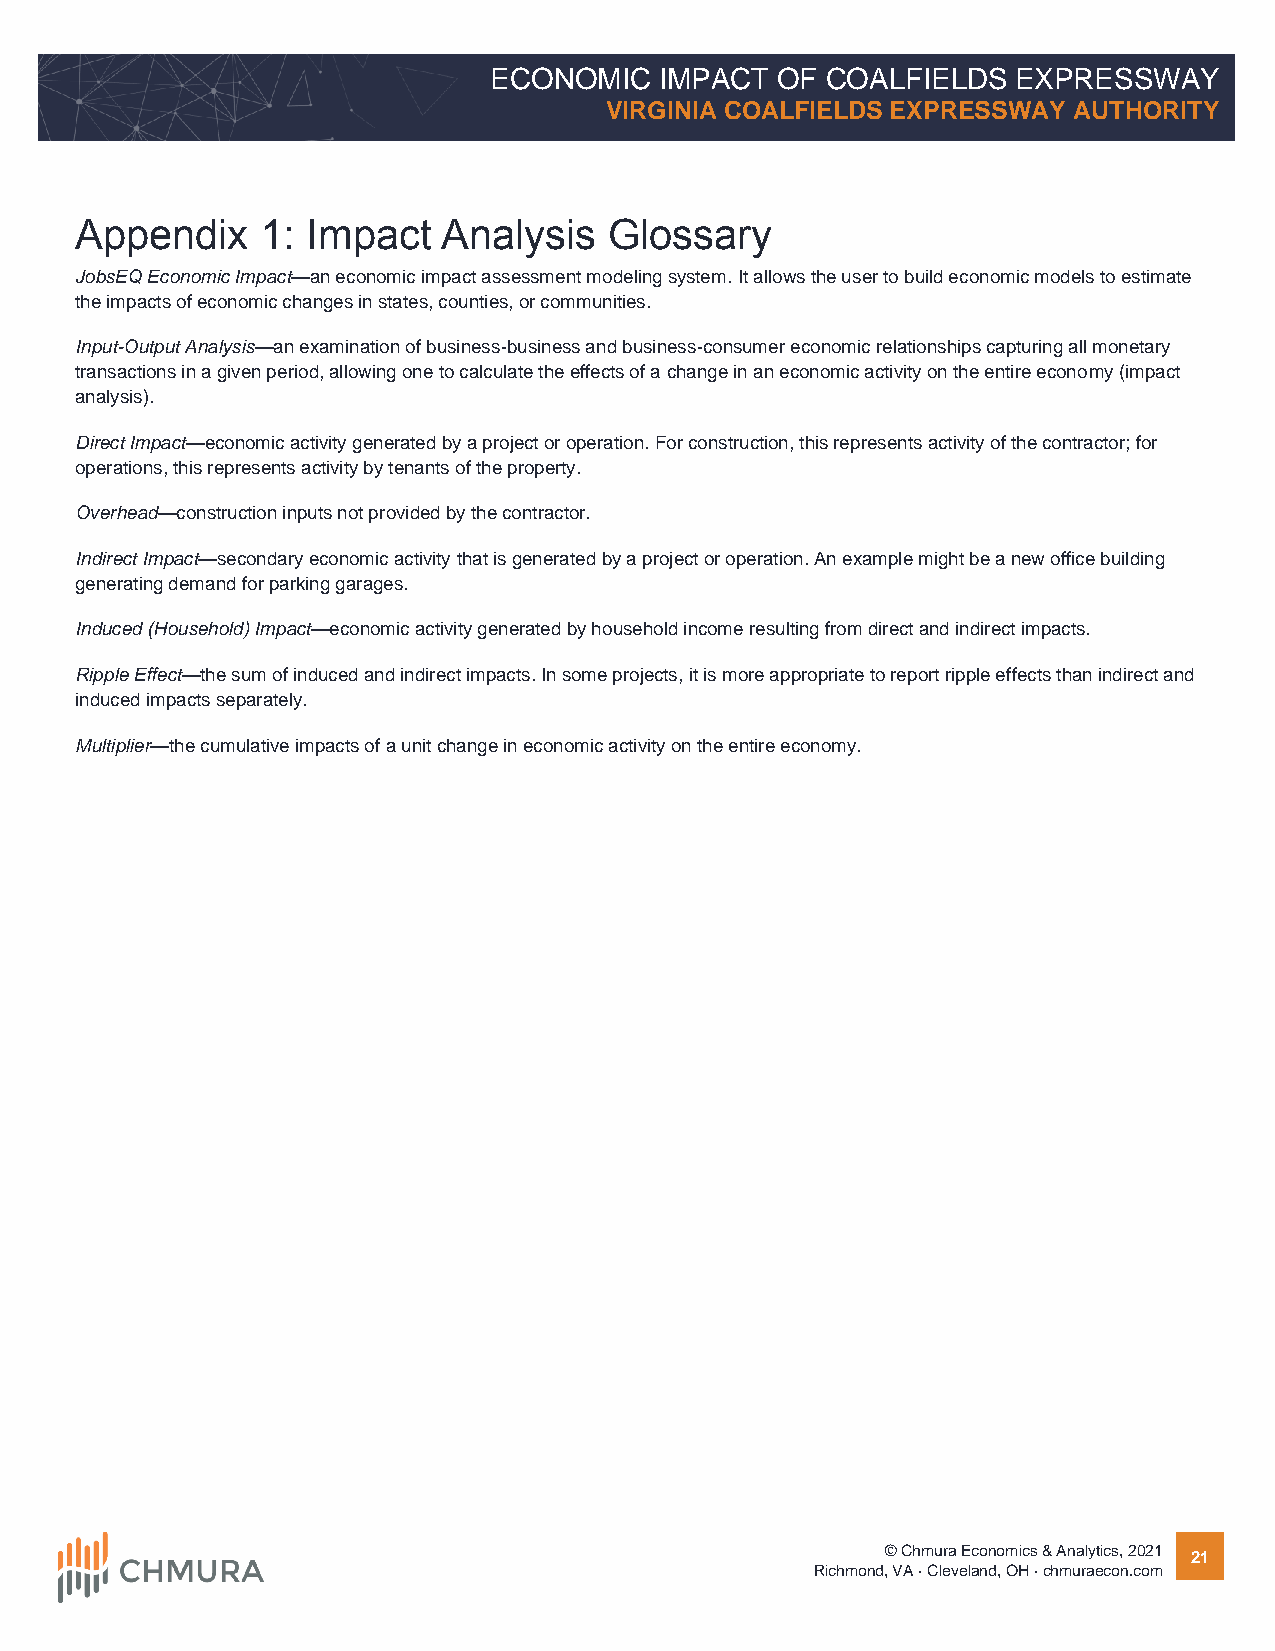
ECONOMIC    IMPACT OF  COALFIELDS  EXPRESSWAY
 VIRGINIA COALFIELDS EXPRESSWAY AUTHORITY
 Appendix    1: Impact   Analysis   Glossary
 JobsEQ Economic Impact—an economic impact assessment modeling system. It allows the user to build economic models to estimate
 the impacts of economic changes in states, counties, or communities.
 Input-Output Analysis—an examination of business-business and business-consumer economic relationships capturing all monetary
 transactions in a given period, allowing one to calculate the effects of a change in an economic activity on the entire economy (impact
 analysis).
 Direct Impact—economic activity generated by a project or operation. For construction, this represents activity of the contractor; for
 operations, this represents activity by tenants of the property.
 Overhead—construction inputs not provided by the contractor.
 Indirect Impact—secondary economic activity that is generated by a project or operation. An example might be a new office building
 generating demand for parking garages.
 Induced (Household) Impact—economic activity generated by household income resulting from direct and indirect impacts.
 Ripple Effect—the sum of induced and indirect impacts. In some projects, it is more appropriate to report ripple effects than indirect and
 induced impacts separately.
 Multiplier—the cumulative impacts of a unit change in economic activity on the entire economy.
 © Chmura Economics & Analytics, 2021 21
 Richmond, VA · Cleveland, OH · chmuraecon.com